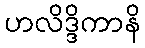
ဟလိဒ္ဒိကာနိ